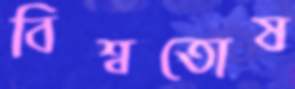
বিশ্বতোষ